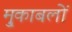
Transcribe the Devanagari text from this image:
मु्काबलों